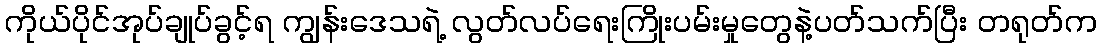
ကိုယ်ပိုင်အုပ်ချုပ်ခွင့်ရ ကျွန်းဒေသရဲ့ လွတ်လပ်ရေးကြိုးပမ်းမှုတွေနဲ့ပတ်သက်ပြီး တရုတ်က